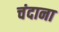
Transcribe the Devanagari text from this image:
चंदाना